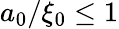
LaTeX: a_{0}/\xi_{0}\leq 1